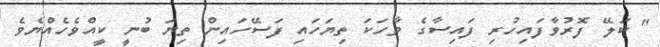
" ކަލޭ ފޮރުވާފައިހުރި ފައިސާގެ ވާހަކަ ތިޔަހައި ފަސޭހައިން ތިޔަ ބުނީ ކީއްވެހެއްޔެވެ